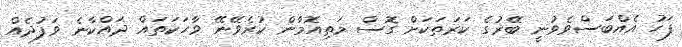
ފަހު އެއްބަސްވެވުނީ ބޭރުގެ ކަރަތަކަށް ގޮސް މަތިއޮމާން ކުރެވޭނޭ ވާހަކަތައް ދައްކާނެ ވަފުދެއް